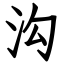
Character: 沟